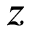
z